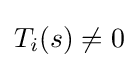
{\textstyle T_{i}(s)\neq 0}